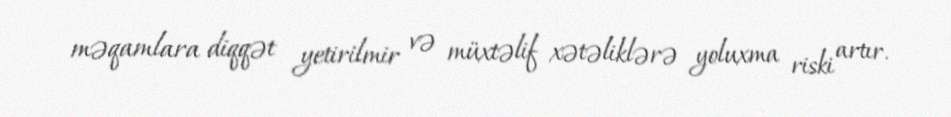
məqamlara diqqət yetirilmir və müxtəlif xətəliklərə yoluxma riski artır.